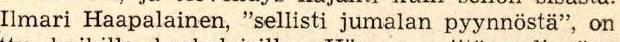
Ilmari Haapalainen, "sellisti jumalan pyynnösta", on